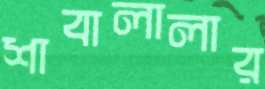
শাবালালার